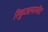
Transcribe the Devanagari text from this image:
रिकुआयरमेंट